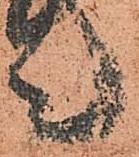
言